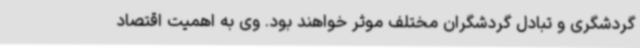
گردشگری و تبادل گردشگران مختلف موثر خواهند بود. وی به اهمیت اقتصاد